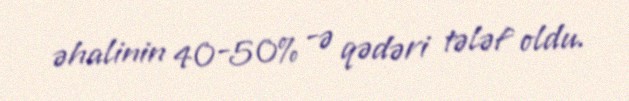
əhalinin 40-50% -ə qədəri tələf oldu.